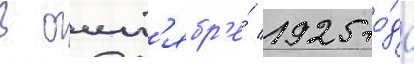
В окт'ябр'е́ 1925 го́да